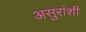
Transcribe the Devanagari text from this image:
असुरांशी